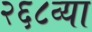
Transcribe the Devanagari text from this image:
२६८व्या